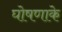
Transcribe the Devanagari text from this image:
घोषणाके